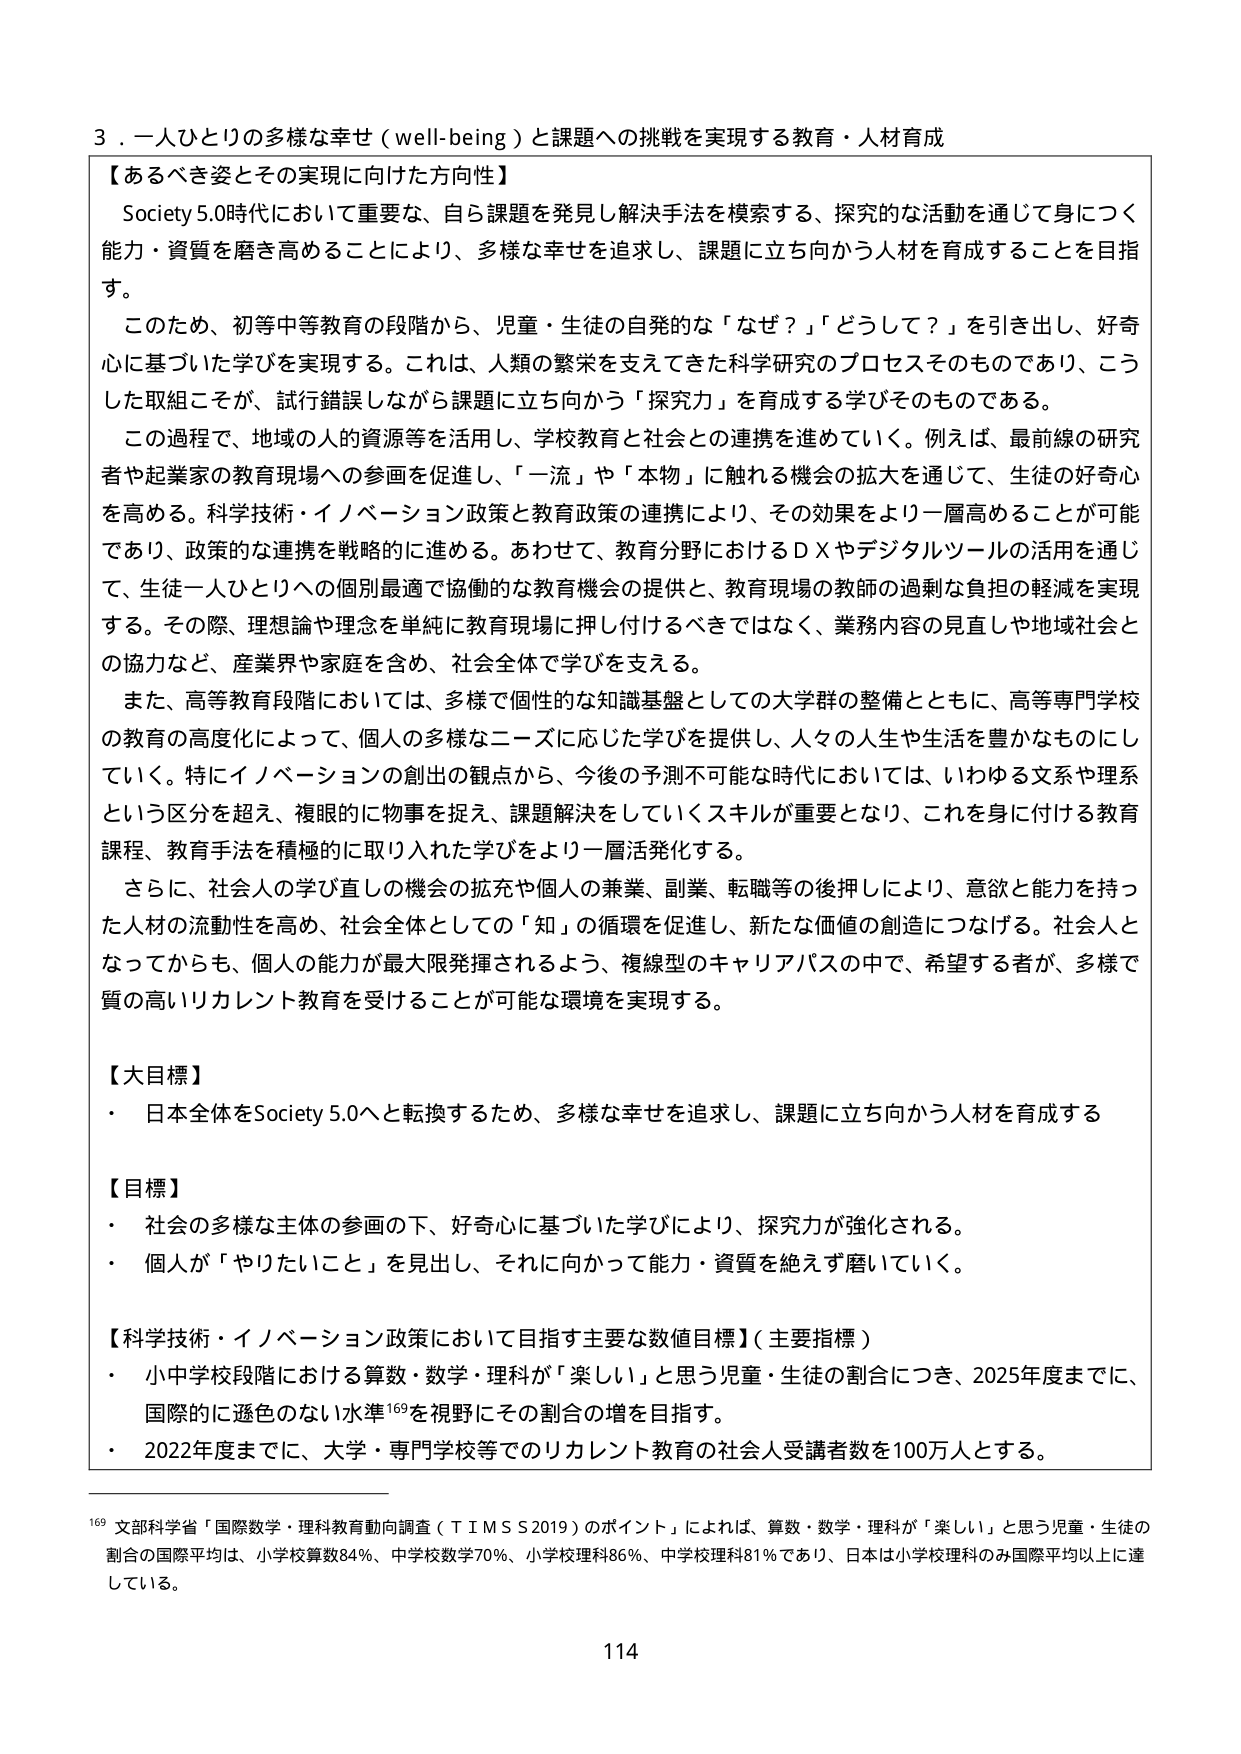
3．一人ひとりの多様な幸せ（well-being）と課題への挑戦を実現する教育・人材育成

【あるべき姿とその実現に向けた方向性】
Society 5.0時代において重要な、自ら課題を発見し解決手法を模索する、探究的な活動を通じて身につく能力・資質を磨き高めることにより、多様な幸せを追求し、課題に立ち向かう人材を育成することを目指す。
このため、初等中等教育の段階から、児童・生徒の自発的な「なぜ？」「どうして？」を引き出し、好奇心に基づいた学びを実現する。これは、人類の繁栄を支えてきた科学研究のプロセスそのものであり、こうした取組こそが、試行錯誤しながら課題に立ち向かう「探究力」を育成する学びそのものである。
この過程で、地域の人的資源等を活用し、学校教育と社会との連携を進めていく。例えば、最前線の研究者や起業家の教育現場への参画を促進し、「一流」や「本物」に触れる機会の拡大を通じて、生徒の好奇心を高める。科学技術・イノベーション政策と教育政策の連携により、その効果をより一層高めることが可能であり、政策的な連携を戦略的に進める。あわせて、教育分野におけるＤＸやデジタルツールの活用を通じて、生徒一人ひとりへの個別最適で協働的な教育機会の提供と、教育現場の教師の過剰な負担の軽減を実現する。その際、理想論や理念を単純に教育現場に押し付けるべきではなく、業務内容の見直しや地域社会との協力など、産業界や家庭を含め、社会全体で学びを支える。
また、高等教育段階においては、多様で個性的な知識基盤としての大学群の整備とともに、高等専門学校の教育の高度化によって、個人の多様なニーズに応じた学びを提供し、人々の人生や生活を豊かなものにしていく。特にイノベーションの創出の観点から、今後の予測不可能な時代においては、いわゆる文系や理系という区分を超え、複眼的に物事を捉え、課題解決をしていくスキルが重要となり、これを身に付ける教育課程、教育手法を積極的に取り入れた学びをより一層活発化する。
さらに、社会人の学び直しの機会の拡充や個人の兼業、副業、転職等の後押しにより、意欲と能力を持った人材の流動性を高め、社会全体としての「知」の循環を促進し、新たな価値の創造につなげる。社会人となってからも、個人の能力が最大限発揮されるよう、複線型のキャリアパスの中で、希望する者が、多様で質の高いリカレント教育を受けることが可能な環境を実現する。

【大目標】
・ 日本全体をSociety 5.0へと転換するため、多様な幸せを追求し、課題に立ち向かう人材を育成する

【目標】
・ 社会の多様な主体の参画の下、好奇心に基づいた学びにより、探究力が強化される。
・ 個人が「やりたいこと」を見出し、それに向かって能力・資質を絶えず磨いていく。

【科学技術・イノベーション政策において目指す主要な数値目標】（主要指標）
・ 小中学校段階における算数・数学・理科が「楽しい」と思う児童・生徒の割合につき、2025年度までに、国際的に遜色のない水準¹⁶⁹を視野にその割合の増を目指す。
・ 2022年度までに、大学・専門学校等でのリカレント教育の社会人受講者数を100万人とする。

¹⁶⁹ 文部科学省「国際数学・理科教育動向調査（TIMSS 2019）のポイント」によれば、算数・数学・理科が「楽しい」と思う児童・生徒の割合の国際平均は、小学校算数84％、中学校数学70％、小学校理科86％、中学校理科81％であり、日本は小学校理科のみ国際平均以上に達している。

114